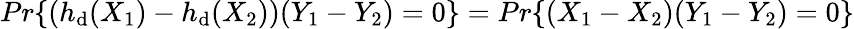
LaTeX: Pr\{ (h_{\mathrm{d}}(X_{1})-h_{\mathrm{d}}(X_{2}))(Y_{1}-Y_{2})=0\} =Pr\{ (X_{1}-X_{2})(Y_{1}-Y_{2})=0\}